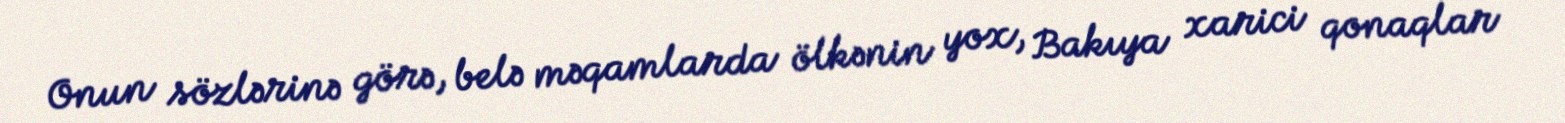
Onun sözlərinə görə, belə məqamlarda ölkənin yox, Bakıya xarici qonaqlar